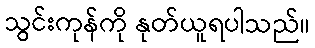
သွင်းကုန်ကို နုတ်ယူရပါသည်။